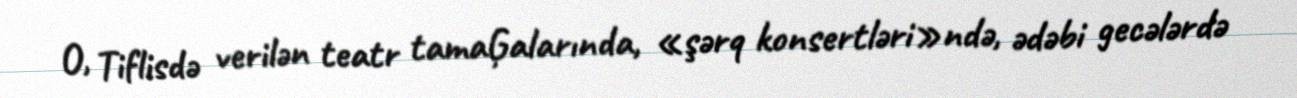
O, Tiflisdə verilən teatr tamaĢalarında, «şərq konsertləri»ndə, ədəbi gecələrdə